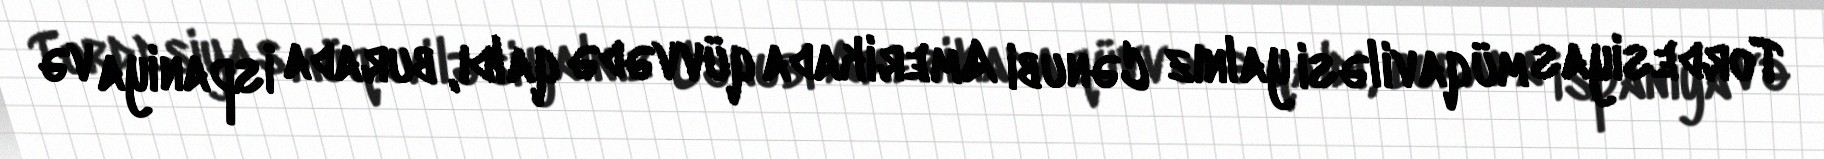
Tordesiyas müqaviləsi yalnız Cənubi Amerikada qüvvədə qaldı, burada İspaniya və